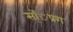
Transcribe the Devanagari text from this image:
स्ंिप्रग